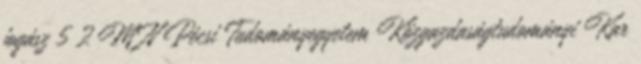
jogász 5 2 M N Pécsi Tudományegyetem Közgazdaságtudományi Kar